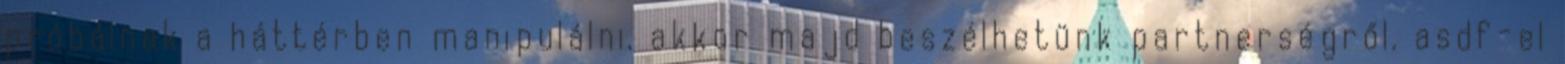
próbálnak a háttérben manipulálni, akkor majd beszélhetünk partnerségről. asdf-el